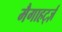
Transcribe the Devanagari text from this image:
मैगाहर्ट्ज़